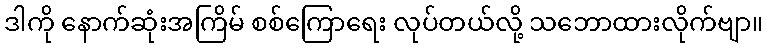
ဒါကို နောက်ဆုံးအကြိမ် စစ်ကြောရေး လုပ်တယ်လို့ သဘောထားလိုက်ဗျာ။